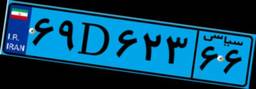
۶۹D۶۲۳۶۶